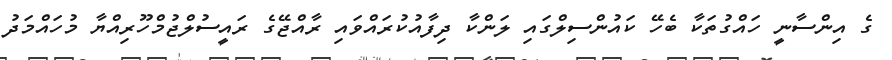
ގެ އިންސާނީ ހައްގުތަކާ ބެހޭ ކައުންސިލްގައި ލަންކާ ދިފާއުކުރައްވައި ރާއްޖޭގެ ރައީސުލްޖުމްހޫރިއްޔާ މުހައްމަދު